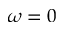
\omega = 0